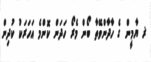
ޜ ޔާމީން ގެ ހާދާންވޭތާ ބޯން މެރޯ ހަދަން ކޮންމެ އަހަރަކު ކުދިން